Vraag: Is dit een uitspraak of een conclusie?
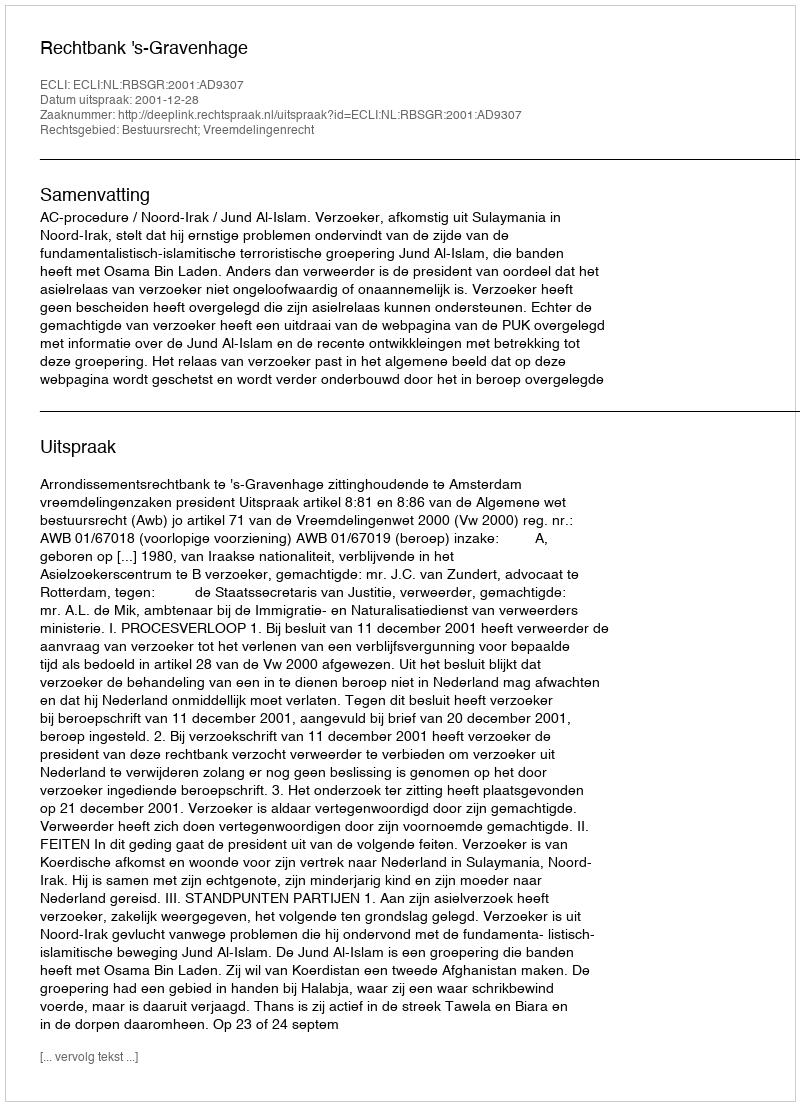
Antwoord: Uitspraak